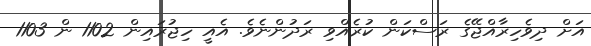
އަށް ދިވެހިރާއްޖޭގެ ރަސްކަން ކުރެއްވި ރަދުންނެވެ. އެއީ ހިޖުރައިން 1102 ން 1103